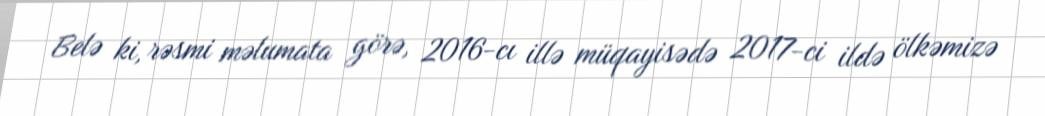
Belə ki, rəsmi məlumata görə, 2016-cı illə müqayisədə 2017-ci ildə ölkəmizə